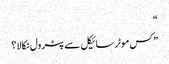
“
” کس موٹر سائیکل سے پٹرول نکالا ؟